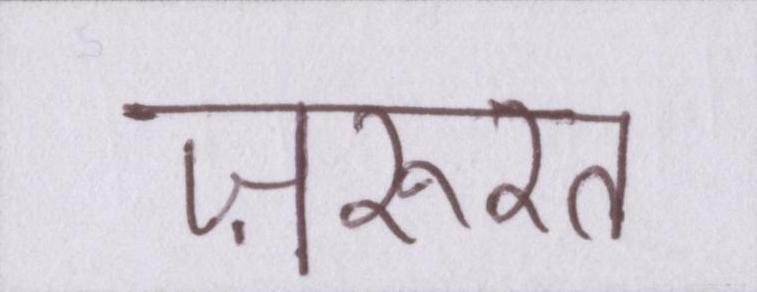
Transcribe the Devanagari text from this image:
ज़रुरत